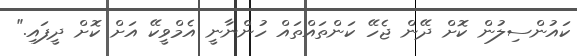
ކައުންސިލުން ކޮށް ދޭން ޖެހޭ ކަންތައްތައް ހުންނާނީ އެމްވީކޭ އަށް ކޮށް ދީފައި."